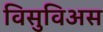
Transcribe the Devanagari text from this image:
विसुविअस